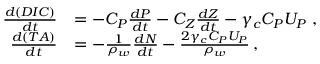
\begin{array} { r l } { \frac { d ( D I C ) } { d t } } & { = - C _ { P } \frac { d P } { d t } - C _ { Z } \frac { d Z } { d t } - \gamma _ { c } C _ { P } U _ { P } \; , } \\ { \frac { d ( T A ) } { d t } } & { = - \frac { 1 } { \rho _ { w } } \frac { d N } { d t } - \frac { 2 \gamma _ { c } C _ { P } U _ { P } } { \rho _ { w } } \, , } \end{array}